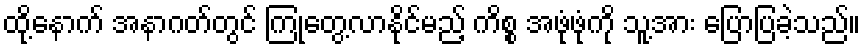
ထို့နောက် အနာဂတ်တွင် ကြုံတွေ့လာနိုင်မည့် ကိစ္စ အဖုံဖုံကို သူ့အား ပြောပြခဲ့သည်။